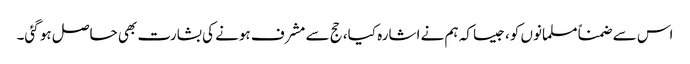
اس سے ضمناً مسلمانوں کو، جیسا کہ ہم نے اشارہ کیا، حج سے مشرف ہونے کی بشارت بھی حاصل ہو گئی۔